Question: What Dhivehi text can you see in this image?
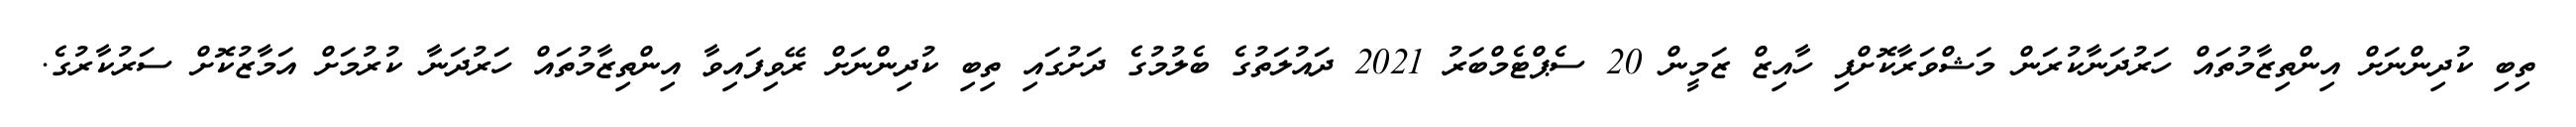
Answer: ތިބި ކުދިންނަށް އިންތިޒާމުތައް ހަރުދަނާކުރަން މަޝްވަރާކޮށްފި ހާއިޒް ޒަމީން 20 ސެޕްޓެމްބަރު 2021 ދައުލަތުގެ ބެލުމުގެ ދަށުގައި ތިބި ކުދިންނަށް ރޭވިފައިވާ އިންތިޒާމުތައް ހަރުދަނާ ކުރުމަށް އަމާޒުކޮށް ސަރުކާރުގެ.